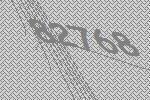
82768